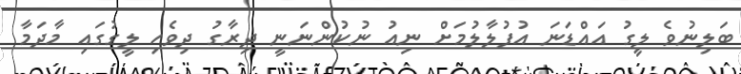
ބަލިނުވެ ލީގު އައްޑަނަ އުފުލާލުމަށް ނިއު ނުކުންނަނީ ދިރާގު ދިވެހި ލީގުގައި މާދަމާ